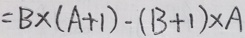
= B \times ( A + 1 ) - ( B + 1 ) \times A